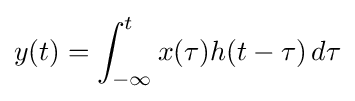
y(t)=\int _{-\infty }^{t}x(\tau )h(t-\tau )\,d\tau